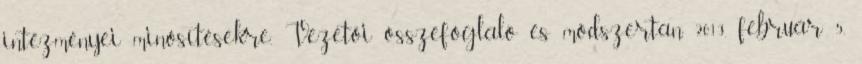
intézményei minősítésekre. Vezetői összefoglaló és módszertan. 2013. február 5.